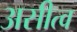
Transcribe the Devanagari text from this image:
असीत्व